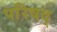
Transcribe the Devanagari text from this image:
परिषद्‍